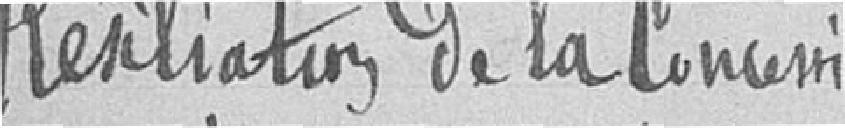
Résiliation de la concession